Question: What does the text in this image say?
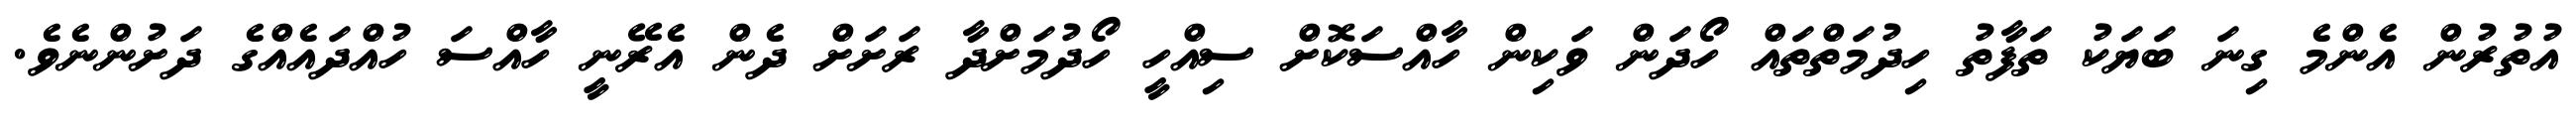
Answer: އުތުރުން އެންމެ ގިނަ ބަޔަކު ތަފާތު ހިދުމަތްތައް ހޯދަން ވަކިން ހާއްސަކޮށް ސިއްހީ ހޯދުމަށްދާ ރަށަށް ދެން އެރޭނީ ހާއްސަ ހުއްދައެއްގެ ދަށުންނެވެ.